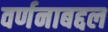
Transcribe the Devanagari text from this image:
वर्णनाबद्दल